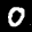
Label: 0